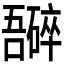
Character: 𫬮